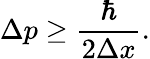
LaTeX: \Delta p\geq{\frac{\hbar}{2\Delta x}}.